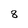
Character: 8